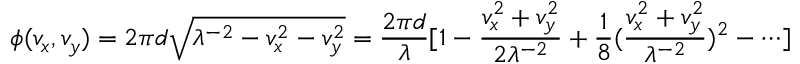
\phi ( v _ { x } , v _ { y } ) = 2 \pi d \sqrt { \lambda ^ { - 2 } - v _ { x } ^ { 2 } - v _ { y } ^ { 2 } } = \frac { 2 \pi d } { \lambda } [ 1 - \frac { v _ { x } ^ { 2 } + v _ { y } ^ { 2 } } { 2 \lambda ^ { - 2 } } + \frac { 1 } { 8 } ( \frac { v _ { x } ^ { 2 } + v _ { y } ^ { 2 } } { \lambda ^ { - 2 } } ) ^ { 2 } - \cdots ]